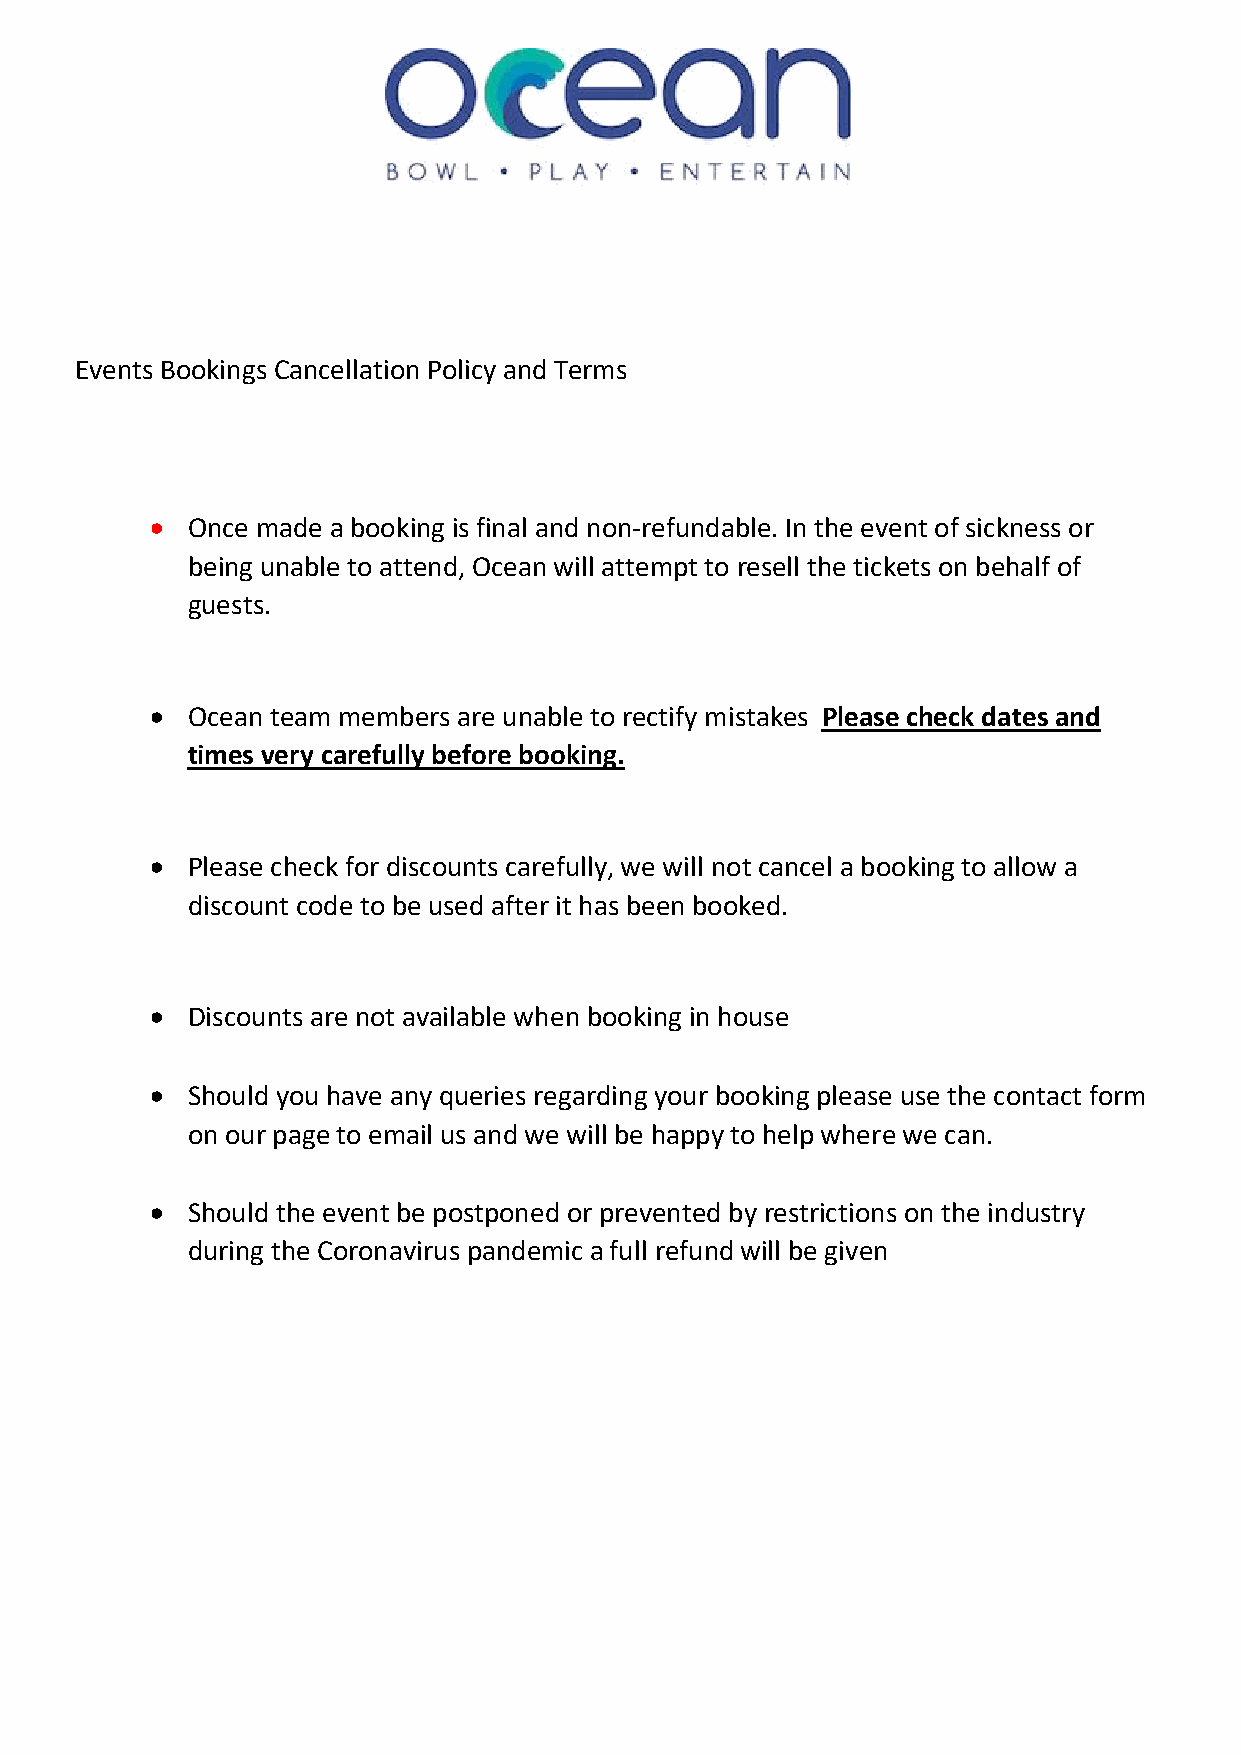
Events Bookings Cancellation Policy and Terms
 • Once made a booking is final and non-refundable. In the event of sickness or
 being unable to attend, Ocean will attempt to resell the tickets on behalf of
 guests.
 • Ocean team members are unable to rectify mistakes Please check dates and
 times very carefully before booking.
 • Please check for discounts carefully, we will not cancel a booking to allow a
 discount code to be used after it has been booked.
 • Discounts are not available when booking in house
 • Should you have any queries regarding your booking please use the contact form
 on our page to email us and we will be happy to help where we can.
 • Should the event be postponed or prevented by restrictions on the industry
 during the Coronavirus pandemic a full refund will be given